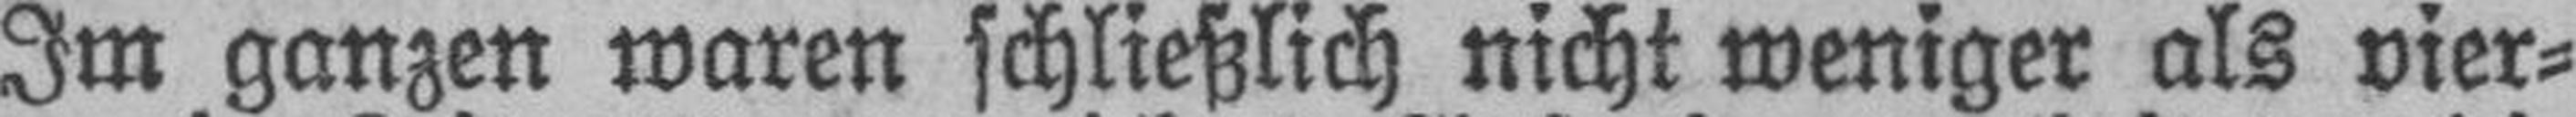
Im ganzen waren schließlich nicht weniger als vier¬